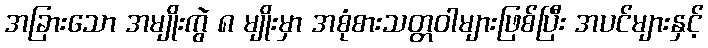
အခြားသော အမျိုးကွဲ ၈ မျိုးမှာ အစုံစားသတ္တဝါများဖြစ်ပြီး အပင်များနှင့်